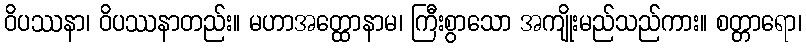
ဝိပဿနာ၊ ဝိပဿနာတည်း။ မဟာအတ္ထောနာမ၊ ကြီးစွာသော အကျိုးမည်သည်ကား။ စတ္တာရော၊